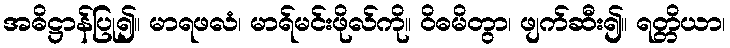
အဓိဋ္ဌာန်ပြု၍။ မာရဖလံ၊ မာရ်မင်းဖိုလ်ကို။ ဝိဓမိတွာ၊ ဖျက်ဆီး၍။ ရတ္တိယာ၊